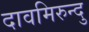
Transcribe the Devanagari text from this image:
दावमिरुन्दु